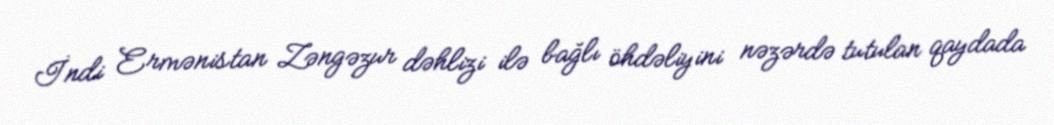
İndi Ermənistan Zəngəzur dəhlizi ilə bağlı öhdəliyini nəzərdə tutulan qaydada